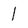
Character: 1